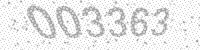
Solution: 003363